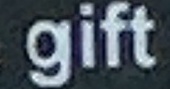
gift